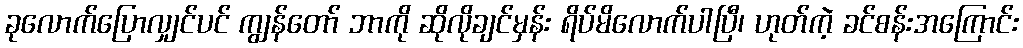
ခုလောက်ပြောလျှင်ပင် ကျွန်တော် ဘာကို ဆိုလိုချင်မှန်း ရိပ်မိလောက်ပါပြီ၊ ဟုတ်ကဲ့ ခင်စန်းအကြောင်း